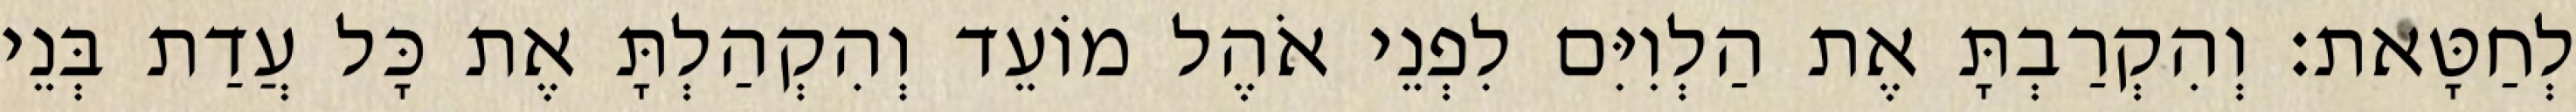
לְחַטָּאת׃ וְהִקְרַבְתָּ אֶת הַלְוִיִּם לִפְנֵי אֹהֶל מוֹעֵד וְהִקְהַלְתָּ אֶת כָּל עֲדַת בְּנֵי